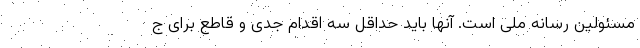
مسئولین رسانه ملی است. آنها باید حداقل سه اقدام جدی و قاطع برای ج